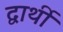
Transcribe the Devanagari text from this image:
द्वार्थी